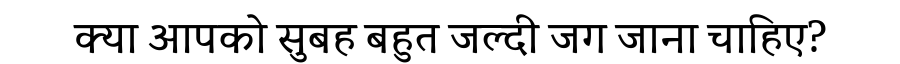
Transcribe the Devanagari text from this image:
क्या आपको सुबह बहुत जल्दी जग जाना चाहिए?